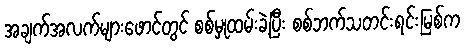
အချက်အလက်များဖောင်တွင် စစ်မှုထမ်းခဲ့ပြီး စစ်ဘက်သတင်းရင်းမြစ်က